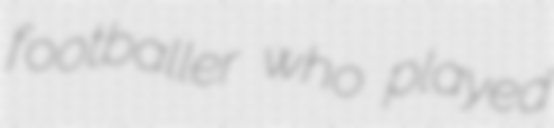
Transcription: footballer who played